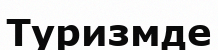
Туризмде